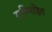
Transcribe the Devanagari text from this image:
सम्मिहित